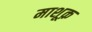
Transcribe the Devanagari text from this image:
माशूक़